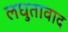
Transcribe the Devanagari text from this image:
लघुतावाद